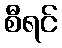
စီရင်